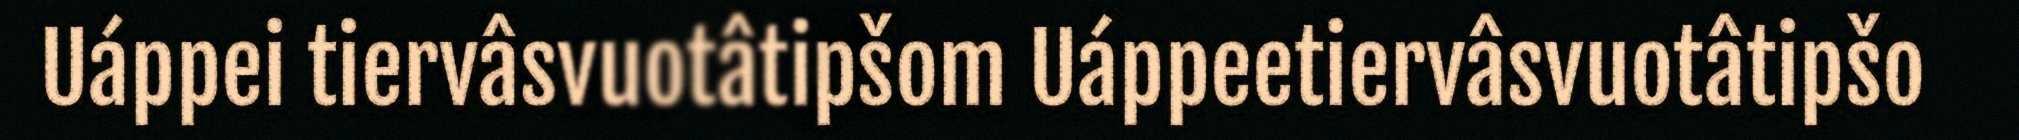
Uáppei tiervâsvuotâtipšom Uáppeetiervâsvuotâtipšo